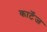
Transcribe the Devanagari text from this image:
कार्टेज